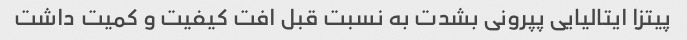
پیتزا ایتالیایی پپرونی بشدت به نسبت قبل افت کیفیت و کمیت داشت